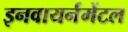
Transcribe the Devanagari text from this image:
इनवायर्नमेंटल